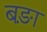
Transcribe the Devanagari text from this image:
बङ़ा